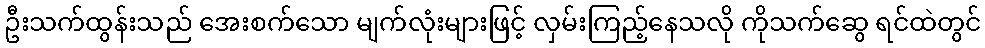
ဦးသက်ထွန်းသည် အေးစက်သော မျက်လုံးများဖြင့် လှမ်းကြည့်နေသလို ကိုသက်ဆွေ ရင်ထဲတွင်